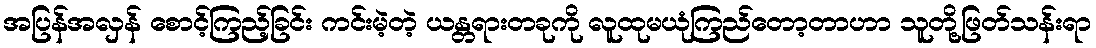
အပြန်အလှန် စောင့်ကြည့်ခြင်း ကင်းမဲ့တဲ့ ယန္တရားတခုကို လူထုမယုံကြည်တော့တာဟာ သူတို့ဖြတ်သန်းရာ